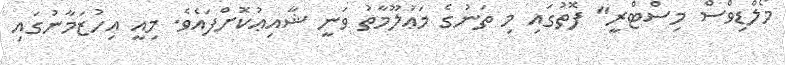
މޯލްޑިވްސް މިސްޓްރީ" ފޮތުގައި މި ތަނުގެ މަޢުލޫމާތު ވަނީ ޝާއިޢުކޮށްފައެވެ. މިއީ އިހުޒަމާނުގައި